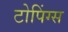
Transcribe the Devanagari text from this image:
टोपिंग्स